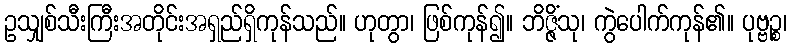
ဥသျှစ်သီးကြီးအတိုင်းအရှည်ရှိကုန်သည်။ ဟုတွာ၊ ဖြစ်ကုန်၍။ ဘိဇ္ဇိံသု၊ ကွဲပေါက်ကုန်၏။ ပုဗ္ဗဉ္စ၊